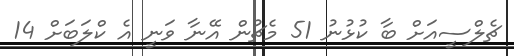
ޗެލްސީއަށް ބާ ކުޅުނު 51 މެޗުން އޭނާ ވަނީ އެ ކްލަބަށް 14